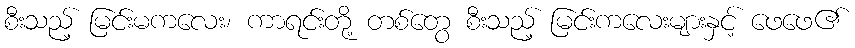
စီးသည့် မြင်းမကလေး၊ ကာရင်းတို့ တစ်တွေ စီးသည့် မြင်းကလေးများနှင့် ဖေဖေ၏